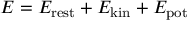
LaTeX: E = E _ { \mathrm { { r e s t } } } + E _ { \mathrm { { k i n } } } + E _ { \mathrm { { p o t } } }